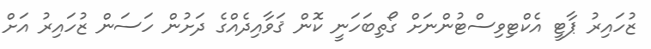
ޒުހައިރު ޕާޓީ އެކްޓިވިސްޓުންނަށް ގޯތިބަހަނީ ކޮން ޤަވާއިދެއްގެ ދަށުން ހަސަން ޒުހައިރު އަށް